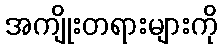
အကျိုးတရားများကို